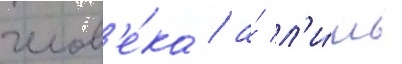
челов'е́ка / а́ л'и́шь